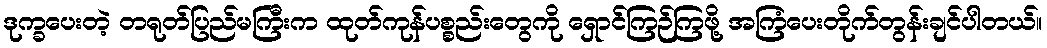
ဒုက္ခပေးတဲ့ တရုတ်ပြည်မကြီးက ထုတ်ကုန်ပစ္စည်းတွေကို ရှောင်ကြဉ်ကြဖို့ အကြံပေးတိုက်တွန်းချင်ပါတယ်။